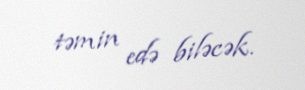
təmin edə biləcək.